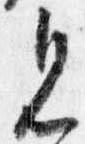
見